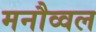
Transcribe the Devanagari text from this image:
मनौव्वल